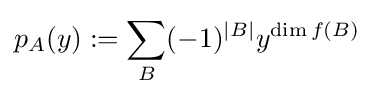
p_{A}(y):=\sum _{B}(-1)^{|B|}y^{\dim f(B)}